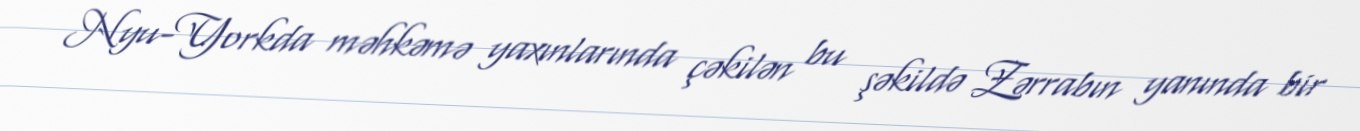
Nyu-Yorkda məhkəmə yaxınlarında çəkilən bu şəkildə Zərrabın yanında bir